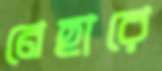
নেহারে